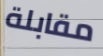
مقابلة